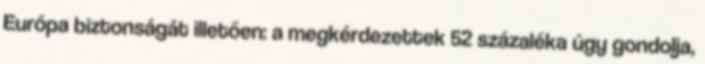
Európa biztonságát illetően: a megkérdezettek 52 százaléka úgy gondolja,